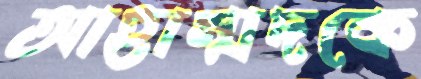
আহাম্মদকে